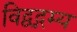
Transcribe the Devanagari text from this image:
विद्वद्गम्य